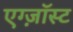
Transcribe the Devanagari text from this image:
एग्ज़ॉस्ट